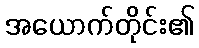
အယောက်တိုင်း၏